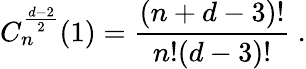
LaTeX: C_{n}^{\frac{d-2}2}(1)=\frac{(n+d-3)!}{n!(d-3)!}\ .